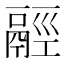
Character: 𩰹